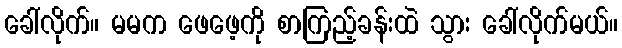
ခေါ်လိုက်။ မမက ဖေဖေ့ကို စာကြည့်ခန်းထဲ သွား ခေါ်လိုက်မယ်။